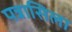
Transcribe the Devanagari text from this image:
पन्नासिला